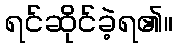
ရင်ဆိုင်ခဲ့ရ၏။